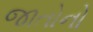
જાતોનો